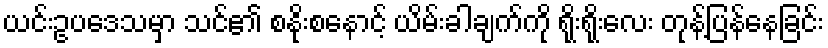
ယင်းဥပဒေသမှာ သင်၏ စနိုးစနောင့် ယိမ်းခါချက်ကို ရိုးရိုးလေး တုန့်ပြန်နေခြင်း